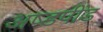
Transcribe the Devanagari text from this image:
अष्डपींड